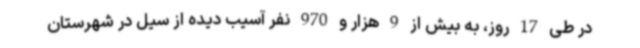
در طی 17 روز، به بیش از 9 هزار و 970 نفر آسیب دیده از سیل در شهرستان